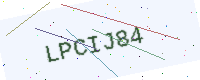
Text: LPCIJ84